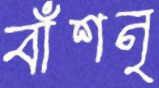
বাঁশনৃ